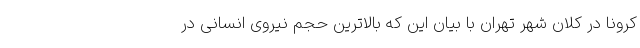
کرونا در کلان شهر تهران با بیان این که بالاترین حجم نیروی انسانی در